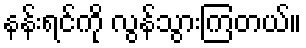
နန်းရင်ကို လွန်သွားကြတယ်။